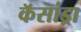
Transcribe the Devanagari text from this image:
कॅसांड्रा